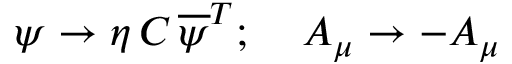
\psi \rightarrow \eta \, C \, \overline { { { \psi } } } ^ { T } ; \; \; \; \; A _ { \mu } \rightarrow - A _ { \mu }